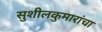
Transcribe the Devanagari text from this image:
सुशीलकुमारांचा